Leaving Certificate Examination (including Day School Certificate (Higher) General paper), 1934
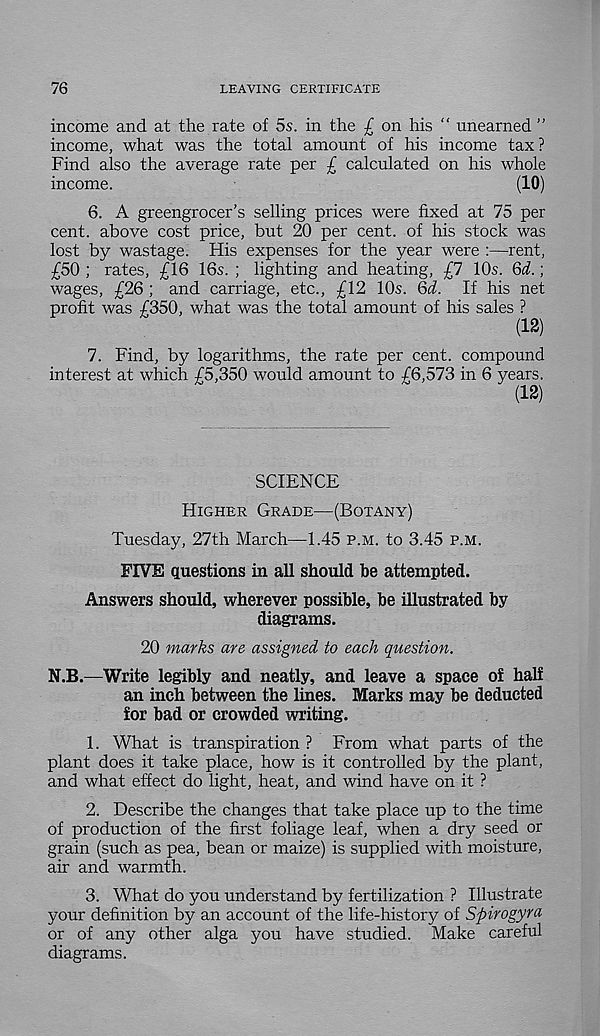
76
LEAVING CERTIFICATE
income and at the rate of 5s. in the £ on his “ unearned ”
income, what was the total amount of his income tax?
Find also the average rate per £ calculated on his whole
income.
(10)
6. A greengrocer’s selling prices were fixed at 75 per
cent, above cost price, but 20 per cent, of his stock was
lost by wastage. His expenses for the year were :—rent,
£50 ; rates, £16 16s. ; lighting and heating, £7 10s. 6^.;
wages, £26 ; and carriage, etc., £12 10s. Qd. If his net
profit was £350, what was the total amount of his sales ?
(12)
7. Find, by logarithms, the rate per cent, compound
interest at which £5,350 would amount to £6,573 in 6 years.
(12)
SCIENCE
Higher Grade—(Botany)
Tuesday, 27th March—1.45 p.m. to 3.45 p.m.
FIVE questions in all should be attempted.
Answers should, wherever possible, be illustrated by
diagrams.
20 marks are assigned to each question.
N.B.—Write legibly and neatly, and leave a space of half
an inch between the lines. Marks may be deducted
for bad or crowded writing.
1. What is transpiration ? From what parts of the
plant does it take place, how is it controlled by the plant,
and what effect do light, heat, and wind have on it ?
2. Describe the changes that take place up to the time
of production of the first foliage leaf, when a dry seed or
grain (such as pea, bean or maize) is supplied with moisture,
air and warmth.
3. What do you understand by fertilization ? Illustrate
your definition by an account of the life-history of Spirogyra
or of any other alga you have studied. Make careful
diagrams.